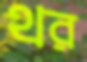
থর